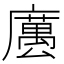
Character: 𢋭